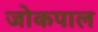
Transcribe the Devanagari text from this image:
जोकपाल